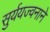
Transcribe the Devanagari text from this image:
सुर्ययज्वनाने